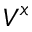
V ^ { x }